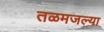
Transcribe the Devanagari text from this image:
तळमजल्या